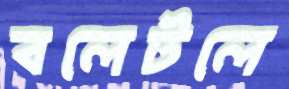
বলেটলে